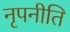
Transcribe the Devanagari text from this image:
नृपनीति